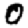
Digit: 0